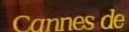
Cannes de